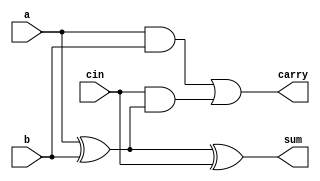
module csa (
    a,b,cin,sum,carry
);
input a,b,cin;
output sum,carry;

assign sum = a ^ b ^ cin;
assign carry = (a & b) | (cin & (a ^ b));
endmodule